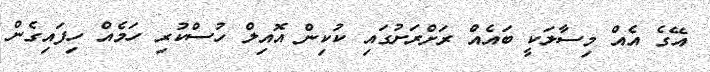
އޭގެ އެއް މިސާލަކީ ބައެއް ރަށްރަށުގައި ކުކިން އޮއިލް ހުސްކުރި ހަމެއް ހިފައިގެން